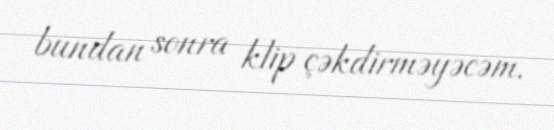
bundan sonra klip çəkdirməyəcəm.